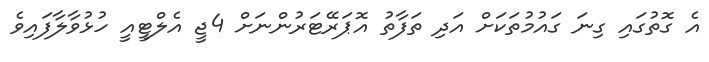
އެ ގޮތުގައި ގިނަ ގައުމުތަކަށް އަދި ތަފާތު އޮޕަރޭޓަރުންނަށް 4ޖީ އެލްޓީއީ ހުޅުވާލާފައިވެ